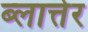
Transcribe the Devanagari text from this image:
ब्लात्तेर